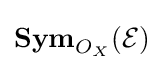
\mathbf {Sym} _{O_{X}}({\mathcal {E}})